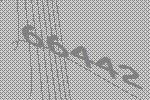
66442